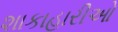
શાકાહારીઓ